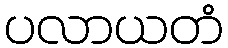
ပလာယတံ